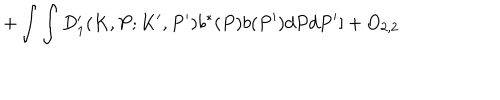
LaTeX: + \int \int D _ { 1 } ^ { \prime } ( K , P ; K ^ { \prime } , P ^ { \prime } ) b ^ { \ast } ( P ) b ( P ^ { \prime } ) d P d P ^ { \prime } ] + O _ { 2 , 2 }